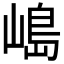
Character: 𡻅